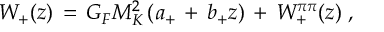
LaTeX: W _ { + } ( z ) \, = \, G _ { F } M _ { K } ^ { 2 } \, ( a _ { + } \, + \, b _ { + } z ) \, + \, W _ { + } ^ { \pi \pi } ( z ) \; ,